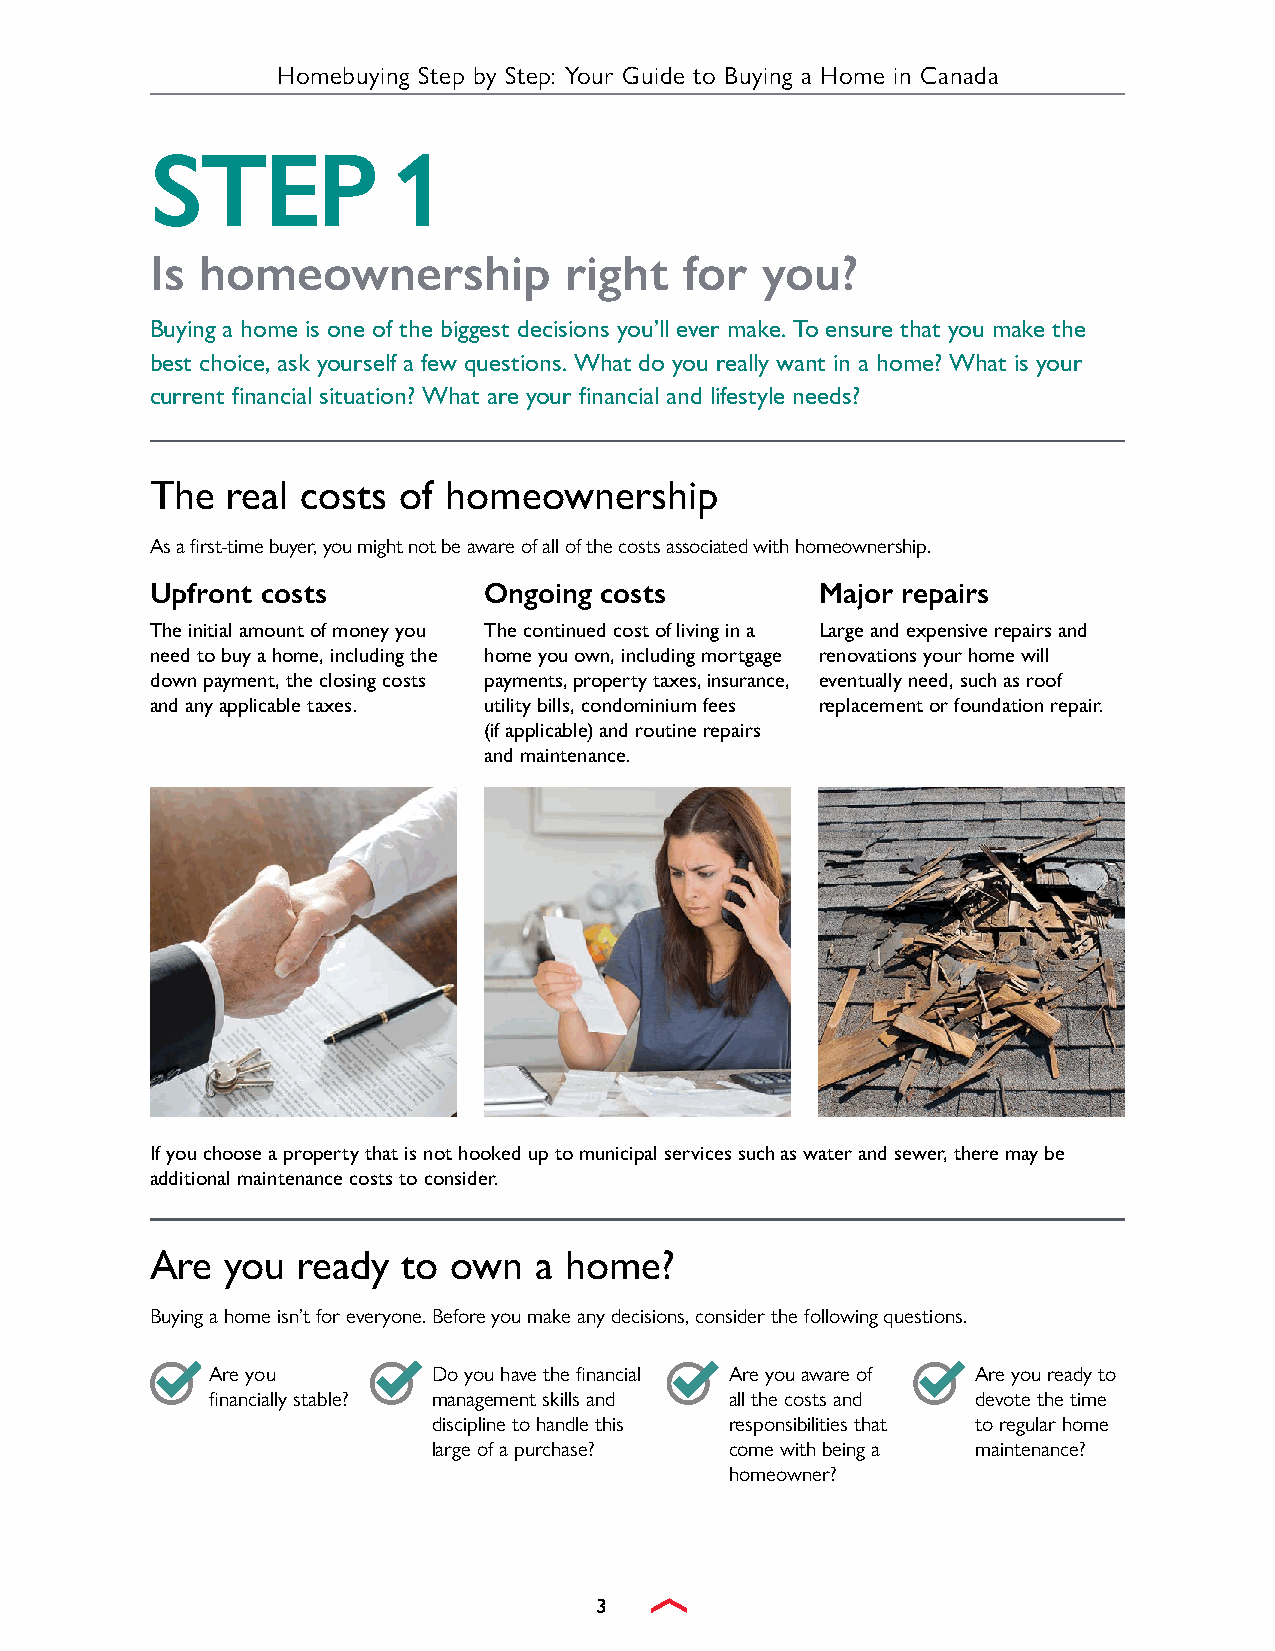
Homebuying Step by Step: Your Guide to Buying a Home in Canada
 STEP            1
 Is homeownership           right   for  you?
 Buying a home is one of the biggest decisions you’ll ever make. To ensure that you make the
 best choice, ask yourself a few questions. What do you really want in a home? What is your
 current financial situation? What are your financial and lifestyle needs?
 The  real costs of homeownership
 As a first-time buyer, you might not be aware of all of the costs associated with homeownership.
 Upfront costs         Ongoing costs         Major repairs
 The initial amount of money you The continued cost of living in a Large and expensive repairs and
 need to buy a home, including the home you own, including mortgage renovations your home will
 down payment, the closing costs payments, property taxes, insurance, eventually need, such as roof
 and any applicable taxes. utility bills, condominium fees replacement or foundation repair.
 (if applicable) and routine repairs
 and maintenance.
 If you choose a property that is not hooked up to municipal services such as water and sewer, there may be
 additional maintenance costs to consider.
 Are  you  ready  to own  a home?
 Buying a home isn’t for everyone. Before you make any decisions, consider the following questions.
 Are you        Do you have the financial Are you aware of Are you ready to
 financially stable? management skills and all the costs and devote the time
 discipline to handle this responsibilities that to regular home
 large of a purchase? come with being a maintenance?
 homeowner?
 3